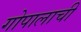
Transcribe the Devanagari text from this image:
गोपालाची